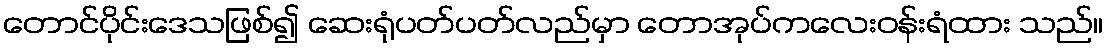
တောင်ပိုင်းဒေသဖြစ်၍ ဆေးရုံပတ်ပတ်လည်မှာ တောအုပ်ကလေးဝန်းရံထား သည်။